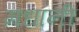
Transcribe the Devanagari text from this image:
मधानी